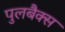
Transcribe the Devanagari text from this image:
पुलबैक्स